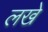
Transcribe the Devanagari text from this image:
लखे